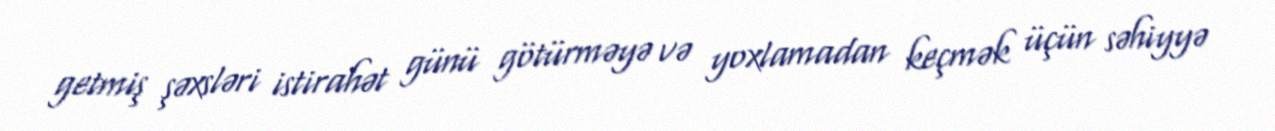
getmiş şəxsləri istirahət günü götürməyə və yoxlamadan keçmək üçün səhiyyə